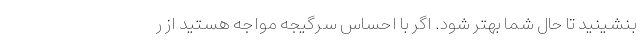
بنشینید تا حال شما بهتر شود. اگر با احساس سرگیجه مواجه هستید از ر